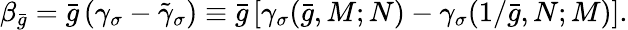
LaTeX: \beta_{\bar{g}}=\bar{g}\left(\gamma_{\sigma}-\tilde{\gamma}_{\sigma}\right)\equiv\bar{g}\left[\gamma_{\sigma}(\bar{g},M;N)-\gamma_{\sigma}(1/\bar{g},N;M)\right].